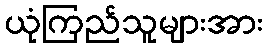
ယုံကြည်သူများအား